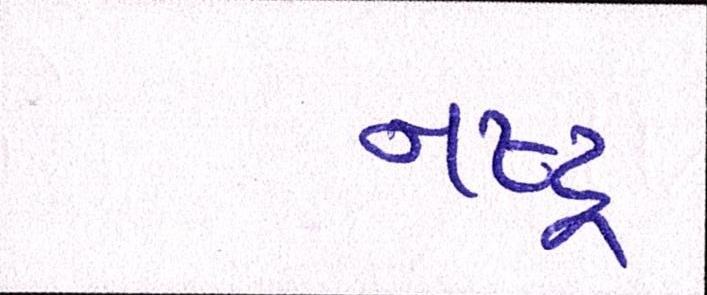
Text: નષ્ટ્ર